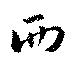
西